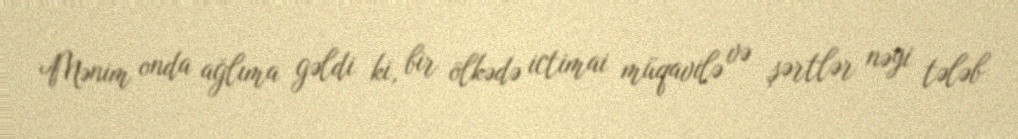
Mənim onda ağlıma gəldi ki, bir ölkədə ictimai müqavilə və şərtlər nəyi tələb